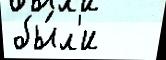
бы́л'и